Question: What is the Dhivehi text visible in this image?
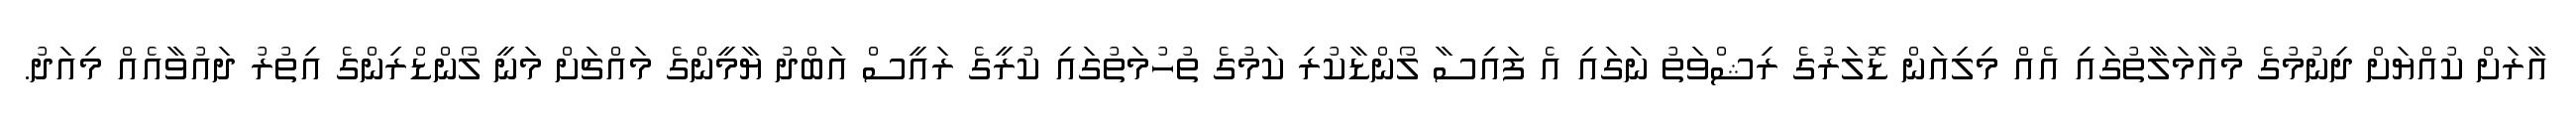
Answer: އާރަށް ކުއްޔަށް ދިނުމުގެ މުއާމަލާތުގައި އެއް މިލިއަން ޑޮލަރުގެ ރިޝްވަތު ނަގައި އެ ފައިސާ ލޯންޑާކުރި ކަމުގެ ތުހުމަތުގައި ކުރީގެ ރައީސް އަބްދު ޔާމީންގެ މައްޗަށް މަނީ ލޯންޑްރިންގެ އިތުރު ދައުވާއެއް މިއަދު.